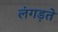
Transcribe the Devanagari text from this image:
लंगड़ते